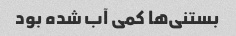
بستنی‌ها کمی آب شده بود